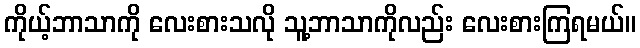
ကိုယ့်ဘာသာကို လေးစားသလို သူ့ဘာသာကိုလည်း လေးစားကြရမယ်။